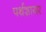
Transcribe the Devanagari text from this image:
पर्थशायर